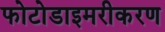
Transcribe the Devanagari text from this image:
फोटोडाइमरीकरण